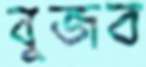
বুজব